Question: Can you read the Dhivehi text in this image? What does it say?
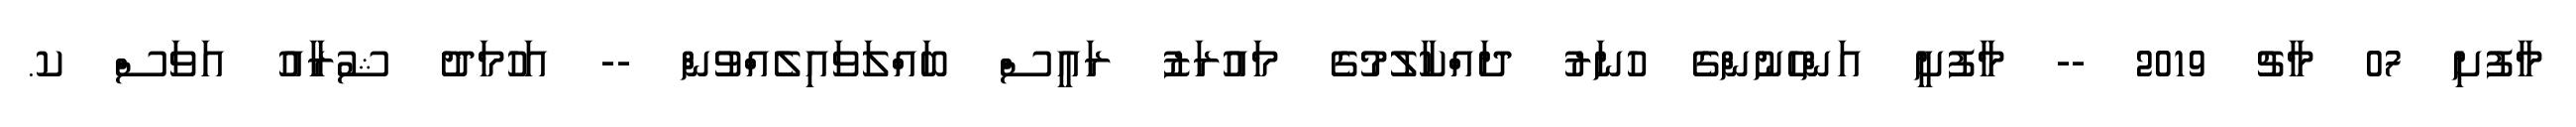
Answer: މާފުށި 07 މާޗު 2019 -- މާފުށީ އަންހެނުންގެ ހުނަރު ދައްކާލުމުގެ މައުރަޒު ރައީސް ބައްލަވައިލެއްވުން -- އަހުމަދު ޝުރާއު އަވަސް ކ.